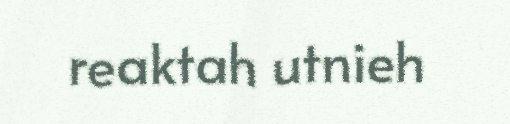
reaktah utnieh